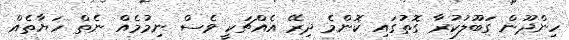
ހިންދޫން ގަބޫލުކުރާ ގޮތުގައި ކޮންމެ ދިރޭ އެއްޗަކީ ވެސް ނިމުމެއް ނެތް ހަޔާތެއް